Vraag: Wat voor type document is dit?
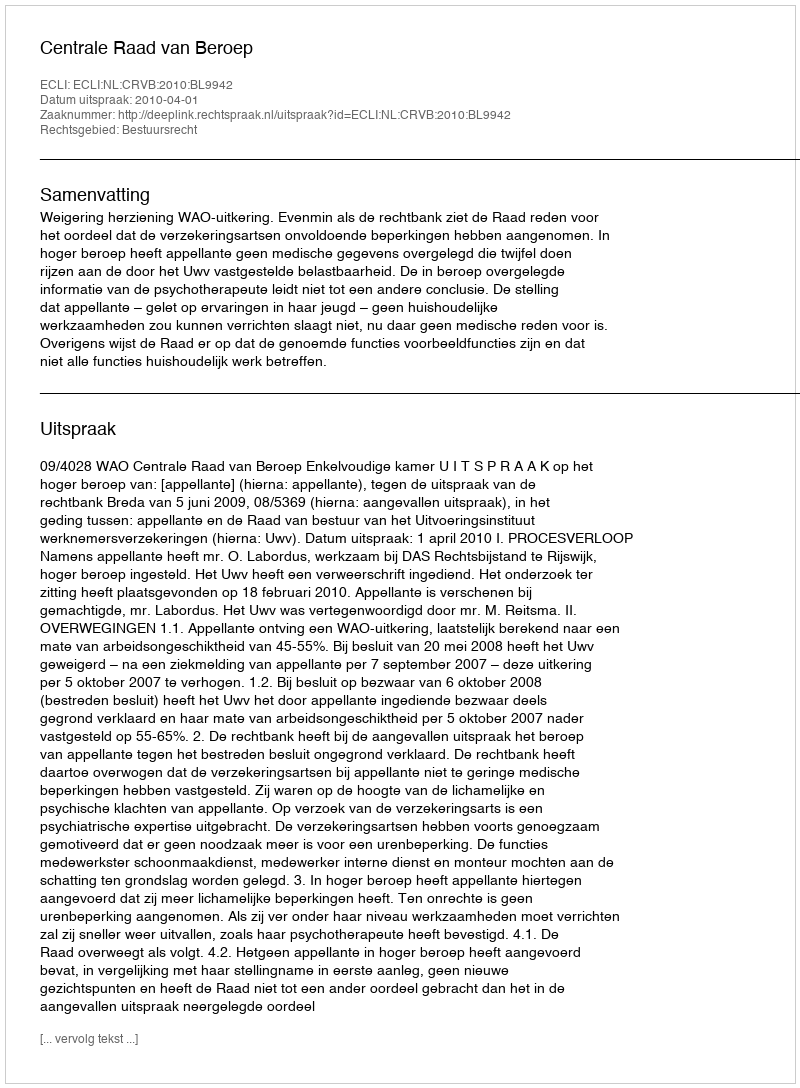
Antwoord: Uitspraak